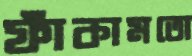
ফাঁকামতো